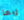
ربما